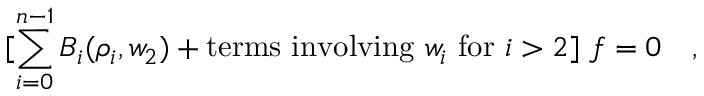
[ \sum _ { i = 0 } ^ { n - 1 } { \cal B } _ { i } ( \rho _ { i } , w _ { 2 } ) + \mathrm { t e r m s \ i n v o l v i n g \ } w _ { i } \mathrm { \ f o r \ } i > 2 ] \ f = 0 \quad ,